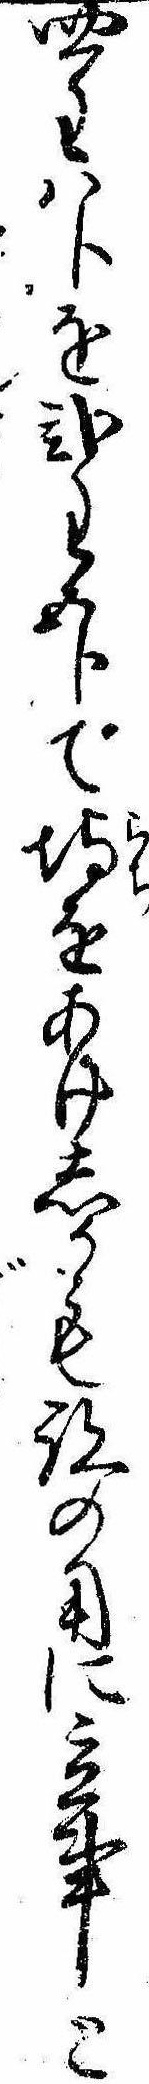
四匁八分を弐匁五分で埒をあけしかも跡の用に立事と